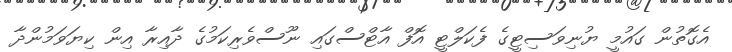
އެގޮތުން ގައުމީ ޔުނިވަސިޓީގެ ފެކަލްޓީ އޮފް އާޓްސްގައި ނޫސްވެރިކަމުގެ ދާއިރާ އިން ކިޔަވަމުންދާ